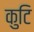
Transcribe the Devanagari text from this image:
कुटि